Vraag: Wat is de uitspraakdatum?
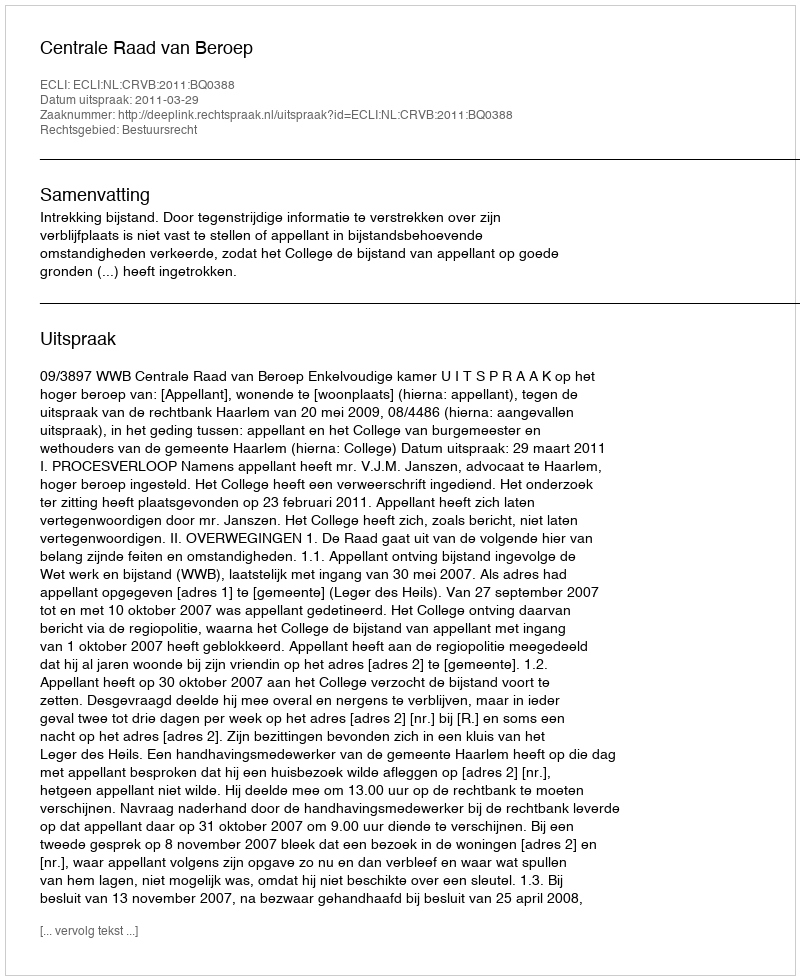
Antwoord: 2011-03-29